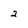
Character: 2